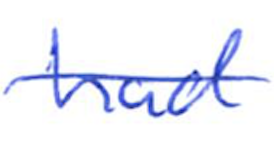
Text: had
Cross-out: single-line
Writing tool: ballpoint